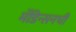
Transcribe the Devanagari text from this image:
मॅडिन्सनची